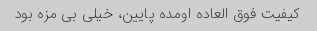
کیفیت فوق العاده اومده پایین، خیلی بی مزه بود